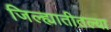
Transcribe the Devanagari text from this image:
जिल्ह्यातीतल्या